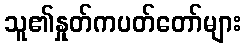
သူ၏နှုတ်ကပတ်တော်များ